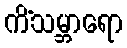
ကိံသမ္ဘာရော